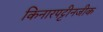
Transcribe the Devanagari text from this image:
किनारपट्टीनजीक